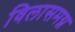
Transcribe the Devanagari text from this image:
विलासमग्न